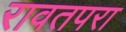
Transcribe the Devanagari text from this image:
रावतपरा